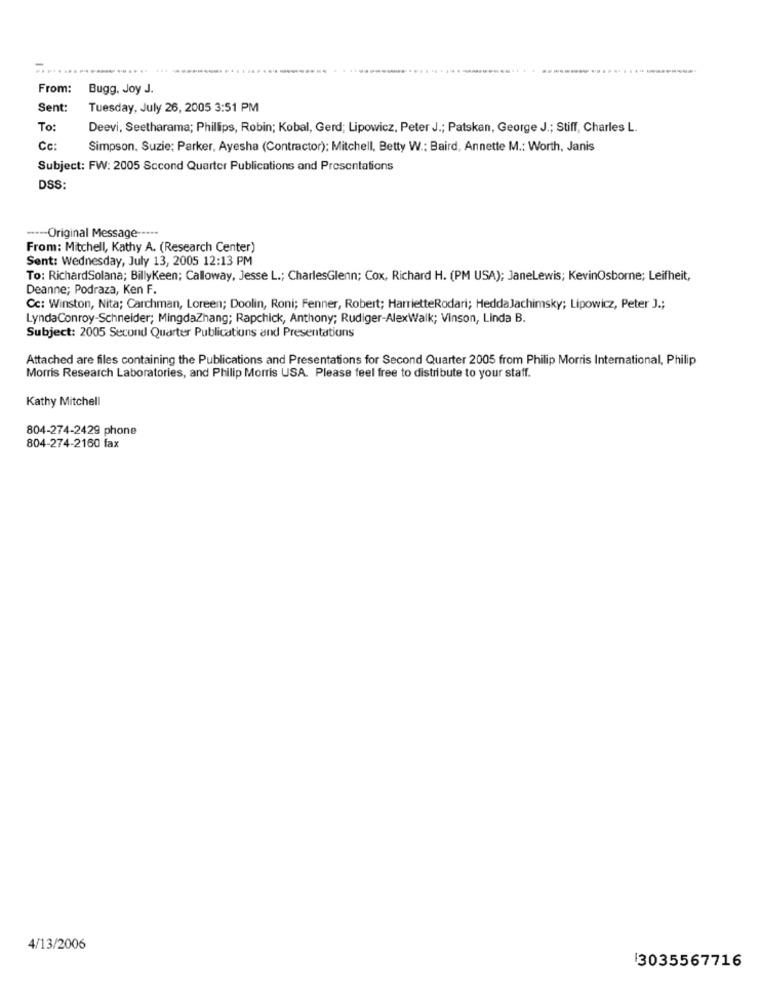
----...
From:
Bugg, Joy J.
Sent:
Tuesday, July 26, 2005 3:51 PM
To:
Deevi, Seetharama; Phillips, Robin; Kobal, Gerd; Lipowicz, Peter J .; Patskan, George J .; Stiff, Charles L.
Cc:
Simpson, Suzie; Parker, Ayesha (Contractor); Mitchell, Betty W .: Baird, Annette M .: Worth, Janis
Subject: FW: 2005 Second Quarter Publications and Presentations
DSS:
---- Original Message --...
From: Mitchell, Kathy A. (Research Center)
Sent: Wednesday, July 13, 2005 12:13 PM
To: RichardSolana; BillyKeen; Calloway, Jesse L .; CharlesGlenn; Cox, Richard H. (PM USA); JaneLewis; KevinOsborne; Leifheit,
Deanne; Podraza, Ken F.
Cc: Winston, Nita; Carchman, Loreen; Doolin, Roni; Fenner, Robert; HarrietteRodari; HeddaJachimsky; Lipowicz, Peter J .;
LyndaConroy-Schneider; MingdaZhang; Rapchick, Anthony; Rudiger-AlexWalk; Vinson, Linda B.
Subject: 2005 Second Quarter Publications and Presentations
Attached are files containing the Publications and Presentations for Second Quarter 2005 from Philip Morris International, Philip
Morris Research Laboratories, and Philip Morris USA. Please feel free to distribute to your staff.
Kathy Mitchell
804-274-2429 phone
804-274-2160 fax
4/13/2006
3035567716